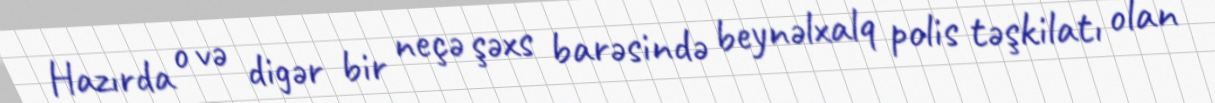
Hazırda o və digər bir neçə şəxs barəsində beynəlxalq polis təşkilatı olan